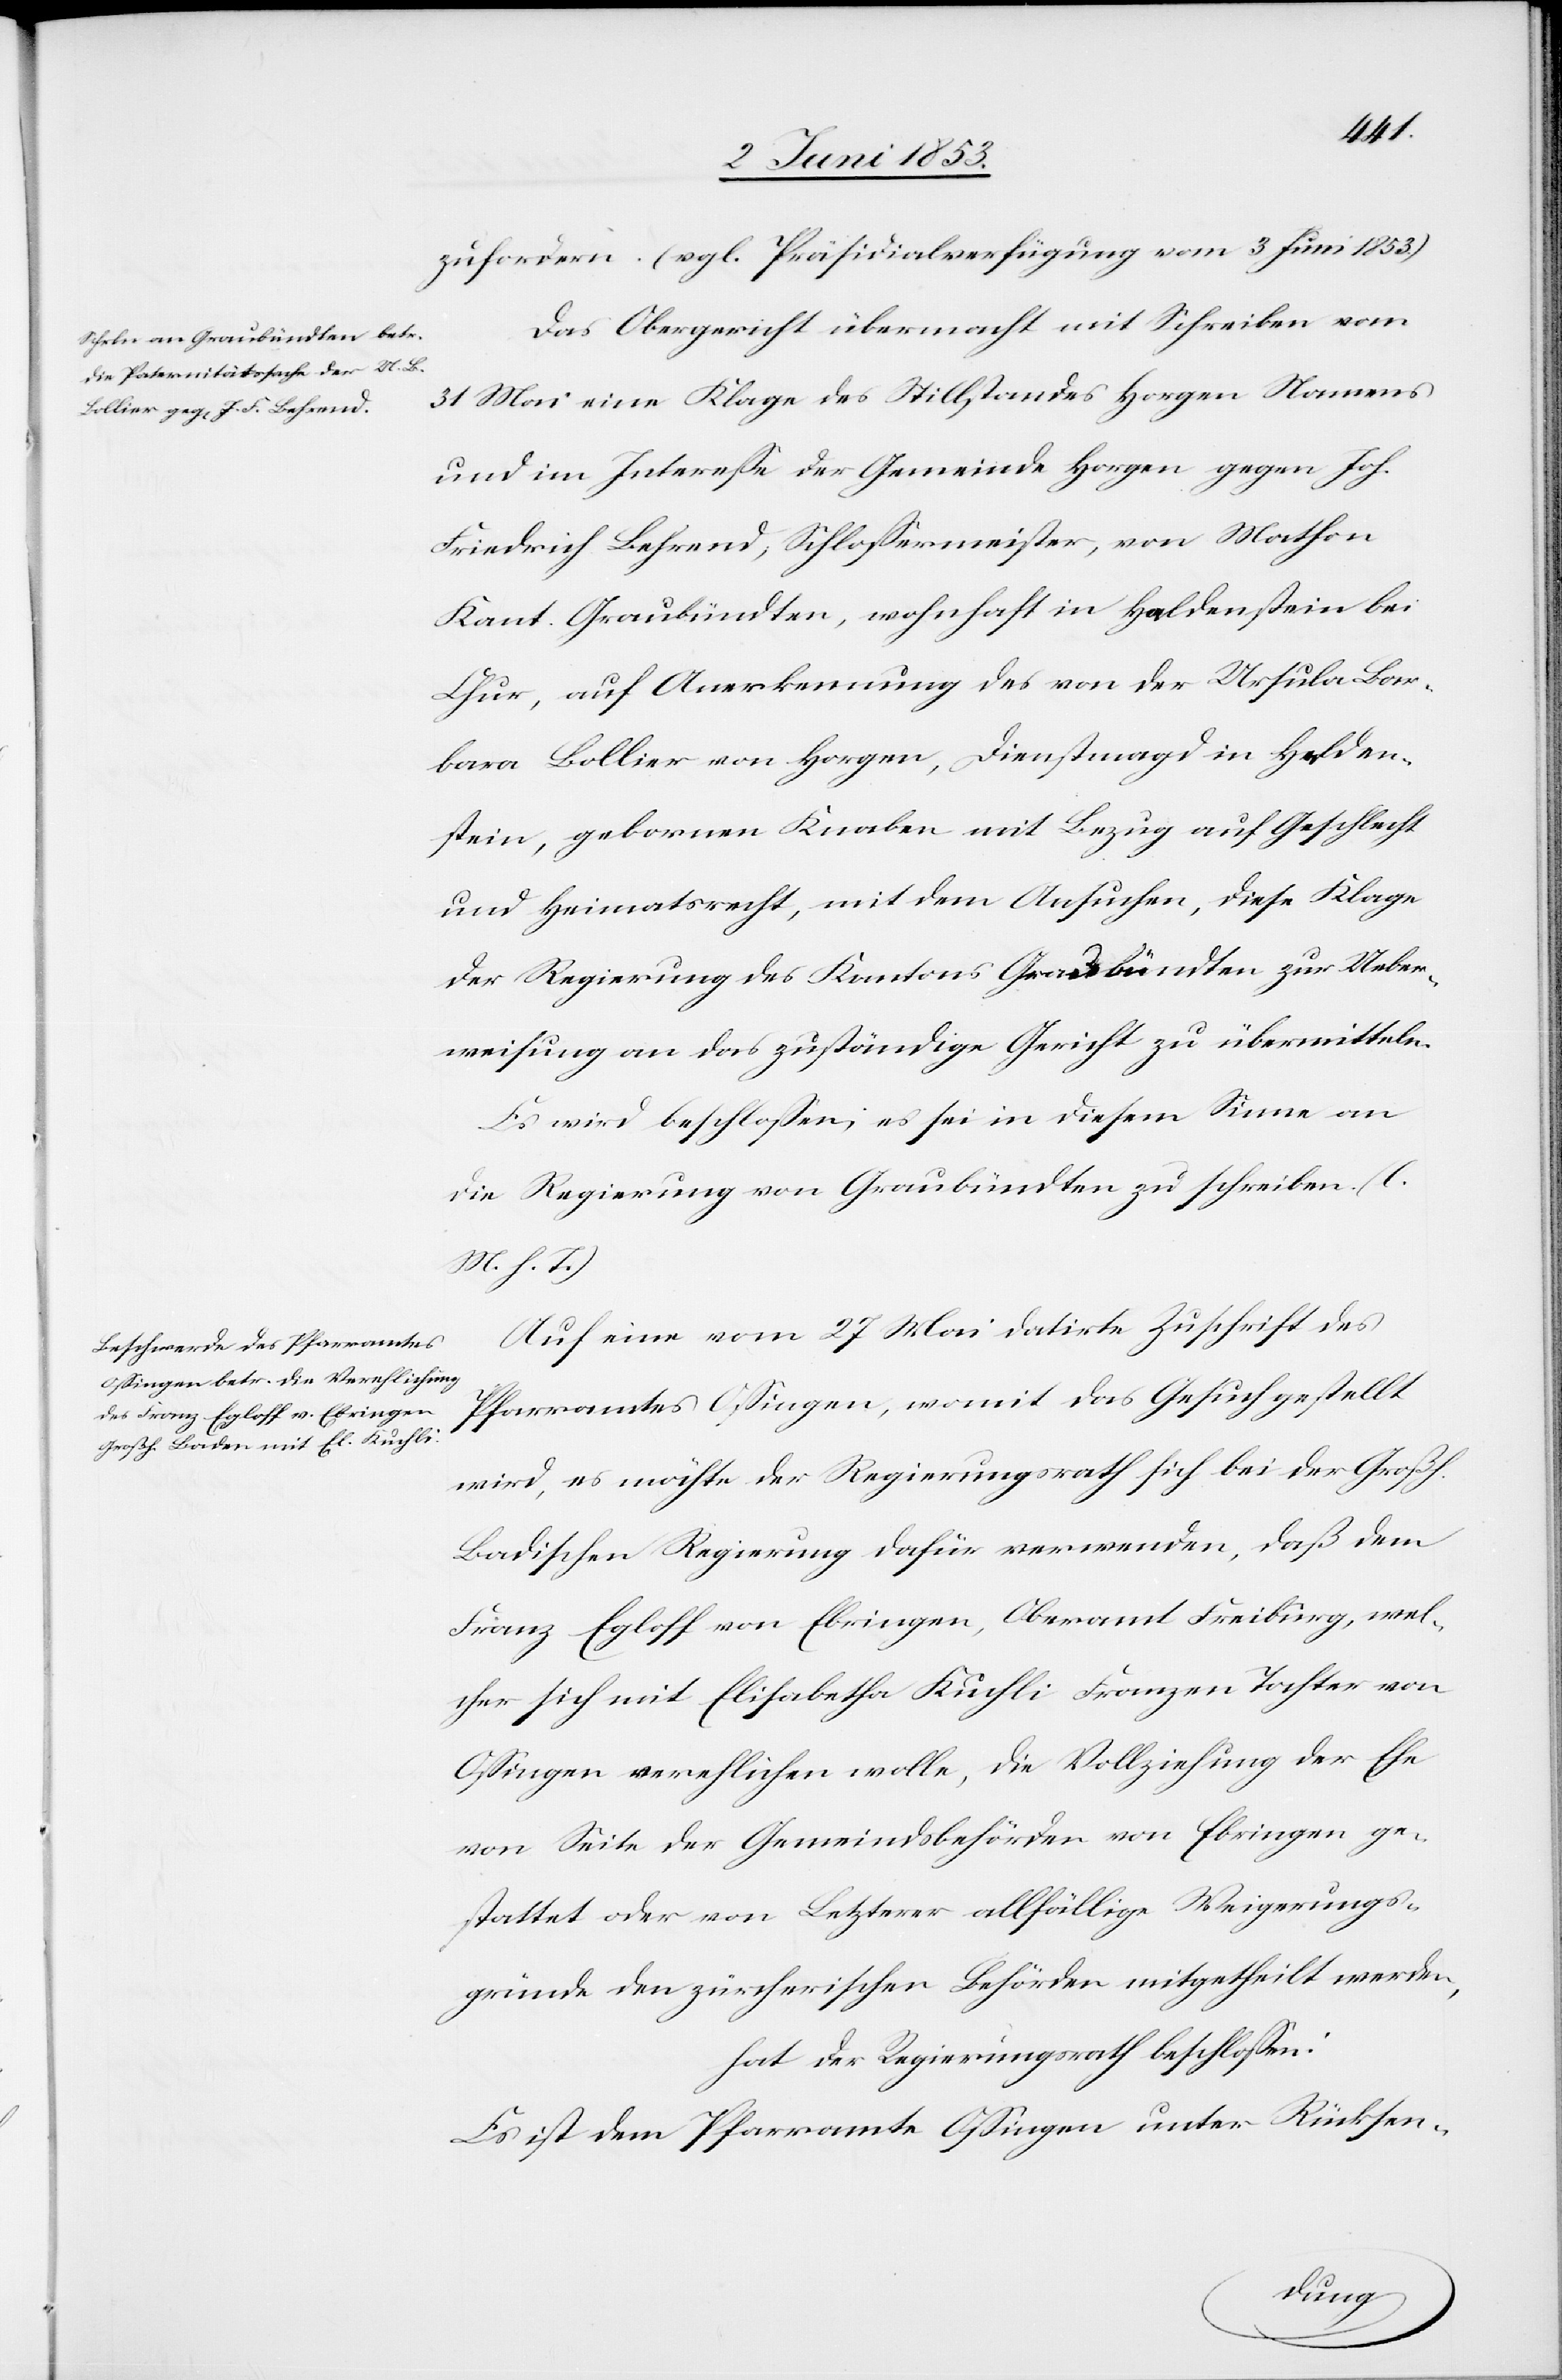
zufordern. (vgl. Präsidialverfügung vom 3 Juni 1853).
Das Obergericht übermacht mit Schreiben vom
31 Mai eine Klage des Stillstandes Horgen Namens
und im Intereße der Gemeinde Horgen gegen Joh.
Friedrich Behrend, Schloßermeister, von Mathon
Kant. Graubündten, wohnhaft in Haldenstein bei
Chur, auf Anerkennung des von der Ursula Bar¬
bara Bollier von Horgen, Dienstmagd in Helden¬
stein, geborene Knaben mit Bezug auf Geschlecht
und Heimatrecht, mit dem Ansuchen, diese Klage
der Regierung des Kantons Graubündten zur Ueber¬
weisung an das zuständige Gericht zu übermitteln.
Es wird beschloßen, es sei in diesem Sinne an
die Regierung von Graubündten zu schreiben. [l.
M. h. T]
Auf eine vom 27 Mai datirte Zuschrift des
Pfarramtes Oßingen, womit das Gesuch gestellt
wird, es möchte der Regierungsrath sich bei der Großh.
Badischen Regierung dafür verwenden, daß dem
Franz Egloff von Ebringen, Oberamt Freiburg, wel¬
cher sich mit Elisabetha Kuchli Franzen Tochter von
Oßingen verehelichen wolle, die Vollziehung der Ehe
von Seite der Gemeindsbehörden Ebringen ge¬
stattet oder von Letzterer allfällige Weigerungs¬
gründe den zürcherischen Behörden mitgetheilt werden,
hat der Regierungsrath beschloßen:
Es ist dem Pfarramte Oßingen unter Rücksen-